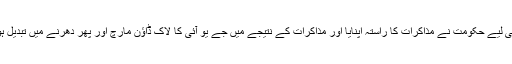
اسی لیے حکومت نے مذاکرات کا راستہ اپنایا اور مذاکرات کے نتیجے میں جے یو آئی کا لاک ڈاؤن مارچ اور پھر دھرنے میں تبدیل ہوا۔